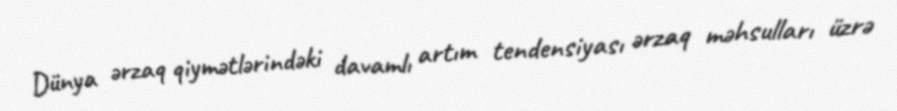
Dünya ərzaq qiymətlərindəki davamlı artım tendensiyası ərzaq məhsulları üzrə